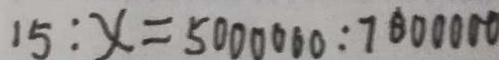
1 5 : x = 5 0 0 0 0 0 0 : 7 0 0 0 0 0 0